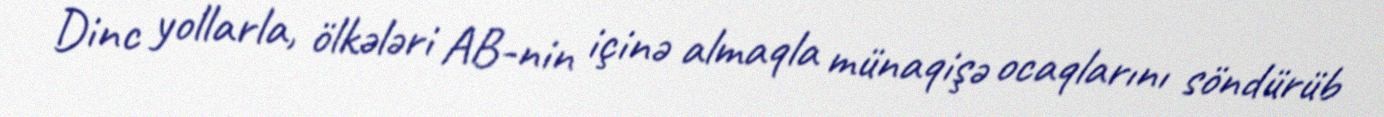
Dinc yollarla, ölkələri AB-nin içinə almaqla münaqişə ocaqlarını söndürüb